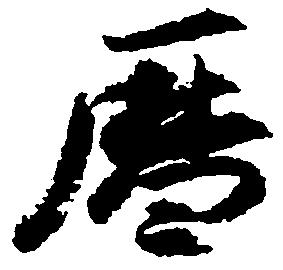
暦